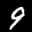
Label: 9